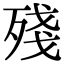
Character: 殘